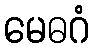
မေဓဂံ